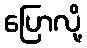
ပြောလို့